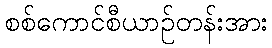
စစ်ကောင်စီယာဉ်တန်းအား